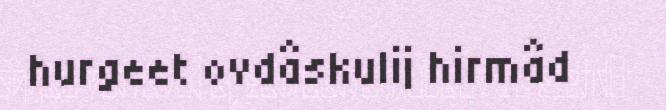
hurgeet ovdâskulij hirmâd